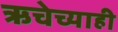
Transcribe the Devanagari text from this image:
ऋचेच्याही